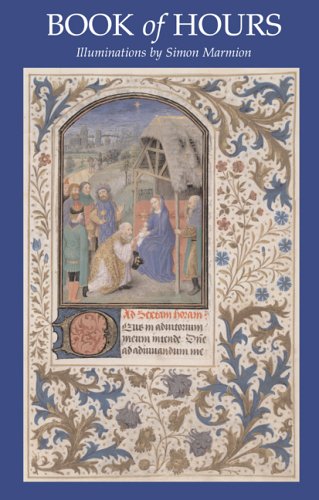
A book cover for Book of Hours (The Huntington Library Classics); Simon Marmion; Arts & Photography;